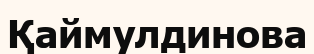
Қаймулдинова